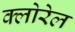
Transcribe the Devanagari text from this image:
क्लोरेल